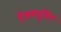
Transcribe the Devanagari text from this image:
ऐलब्यूमिन